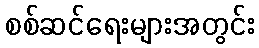
စစ်ဆင်ရေးများအတွင်း